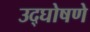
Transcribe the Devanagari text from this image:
उद्घोषणे